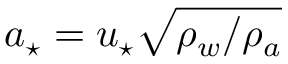
a _ { \star } = u _ { \star } \sqrt { \rho _ { w } / \rho _ { a } }